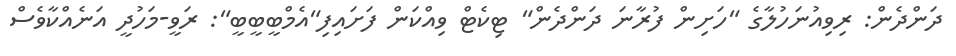
ދަންދެން: ރިވިއުނަހުލާގެ "ހަށިން ފުރާނަ ދަންދެން" ޓިކެޓް ވިއްކަން ފަށައިފި"އެމްބީބީބީ": ރަވީ-މަހުދީ އަނެއްކާވެސް